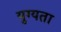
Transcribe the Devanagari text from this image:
युग्यता